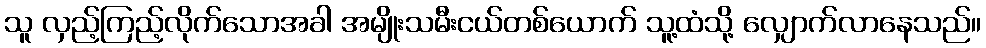
သူ လှည့်ကြည့်လိုက်သောအခါ အမျိုးသမီးငယ်တစ်ယောက် သူ့ထံသို့ လျှောက်လာနေသည်။